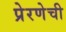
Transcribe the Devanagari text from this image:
प्रेरणेची